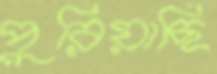
পুরিয়াছি